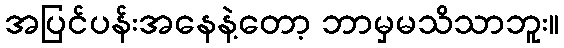
အပြင်ပန်းအနေနဲ့တော့ ဘာမှမသိသာဘူး။